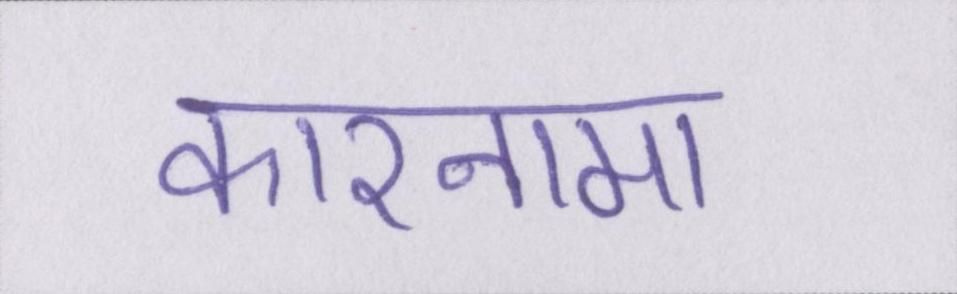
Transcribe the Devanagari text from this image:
कारनामा